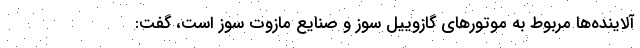
آلاینده‌ها مربوط به موتورهای گازوییل سوز و صنایع مازوت سوز است، گفت: